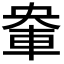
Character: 𮝈